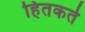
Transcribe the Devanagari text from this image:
हितकर्ते